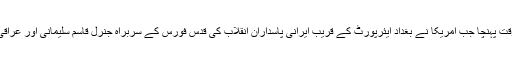
امریکا اور ایران کے درمیان کشیدگی کو عروج اس وقت پہنچا جب امریکا نے بغداد ایئرپورٹ کے قریب ایرانی پاسداران انقلاب کی قدس فورس کے سربراہ جنرل قاسم سلیمانی اور عراقی پیراملیٹری کے سربراہ سمیت 9 افراد کو نشانہ بنایا۔